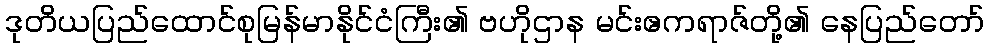
ဒုတိယပြည်ထောင်စုမြန်မာနိုင်ငံကြီး၏ ဗဟိုဌာန မင်းဧကရာဇ်တို့၏ နေပြည်တော်